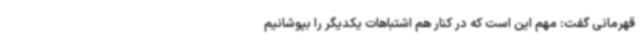
قهرمانی گفت: مهم این است که در کنار هم اشتباهات یکدیگر را بپوشانیم